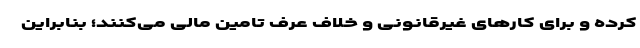
كرده و برای كارهای غيرقانونی و خلاف عرف تامين مالی می‌‌كنند؛ بنابراين